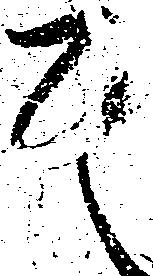
其